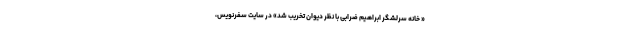
« خانه سرلشگر ابراهیم ضرابی با نظر دیوان تخریب شد» در سایتِ سفرنویس،